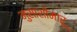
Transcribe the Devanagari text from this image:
मुसाशीमारू